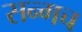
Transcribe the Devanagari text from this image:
सन्गच